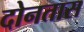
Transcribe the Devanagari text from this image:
दोनतास